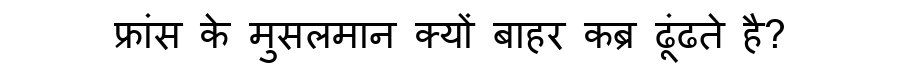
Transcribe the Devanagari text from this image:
फ्रांस के मुसलमान क्यों बाहर कब्र ढूंढते है?